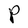
Character: P